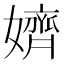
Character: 𡣙